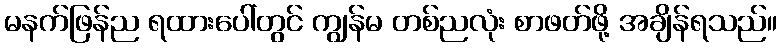
မနက်ဖြန်ည ရထားပေါ်တွင် ကျွန်မ တစ်ညလုံး စာဖတ်ဖို့ အချိန်ရသည်။